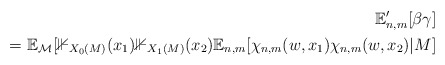
\begin{align*}\mathbb{E}_{n,m}'[\beta \gamma]\\= \mathbb{E}_{\mathcal{M}} [\mathbb{1}_{X_0(M)}(x_1) \mathbb{1}_{X_1(M)}(x_2) \mathbb{E}_{n,m}[\chi_{n,m}(w,x_1) \chi_{n,m} (w, x_2) | M ]\end{align*}